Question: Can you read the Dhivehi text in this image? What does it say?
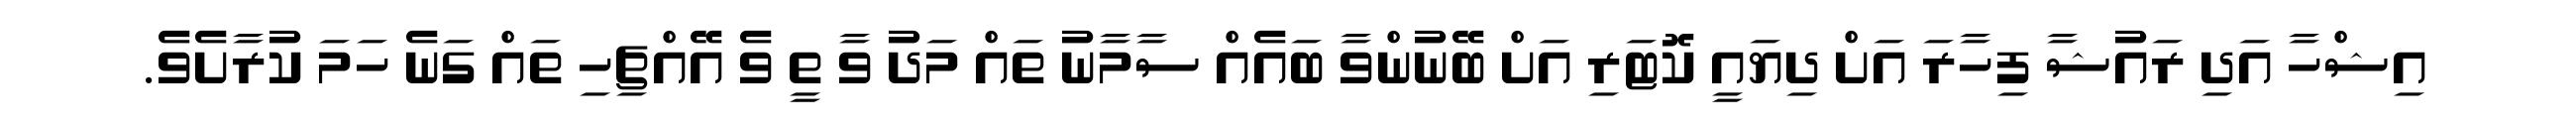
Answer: އިޝްހާ އަދި ރައުޝާ ފިހާރަ އަށް ދިޔައީ ކޮޓަރި އަށް ބޭނުންވާ ބައެއް ސާމާނު ތައް މަދު ވާ ތީ ވެ އޭއްޗިހި ތައް ގަނެ ހަމަ ކުރާށެވެ.